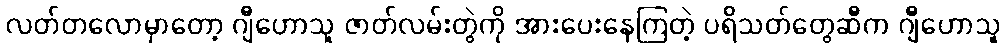
လတ်တလောမှာတော့ ဂျီဟောသူ ဇာတ်လမ်းတွဲကို အားပေးနေကြတဲ့ ပရိသတ်တွေဆီက ဂျီဟောသူ